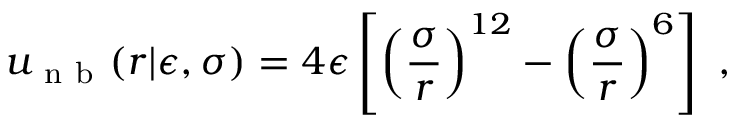
u _ { \mathrm { ~ n ~ b ~ } } ( r | \epsilon , \sigma ) = 4 \epsilon \left[ \left( \frac { \sigma } { r } \right) ^ { 1 2 } - \left( \frac { \sigma } { r } \right) ^ { 6 } \right] ~ ,